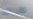
ظننتنا